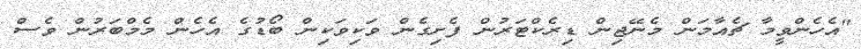
"އެހެންވީމާ ޗެއާމަން މެނޭޖިން ޑިރެކްޓަރުން ފެށިގެން ވަކިވަކިން ބޯޑުގެ އެހެން މެމްބަރުން ވެސް